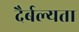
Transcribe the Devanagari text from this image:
दैर्बल्यता